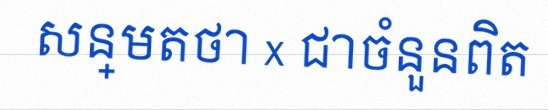
សន្មតថា x ជាចំនួនពិត